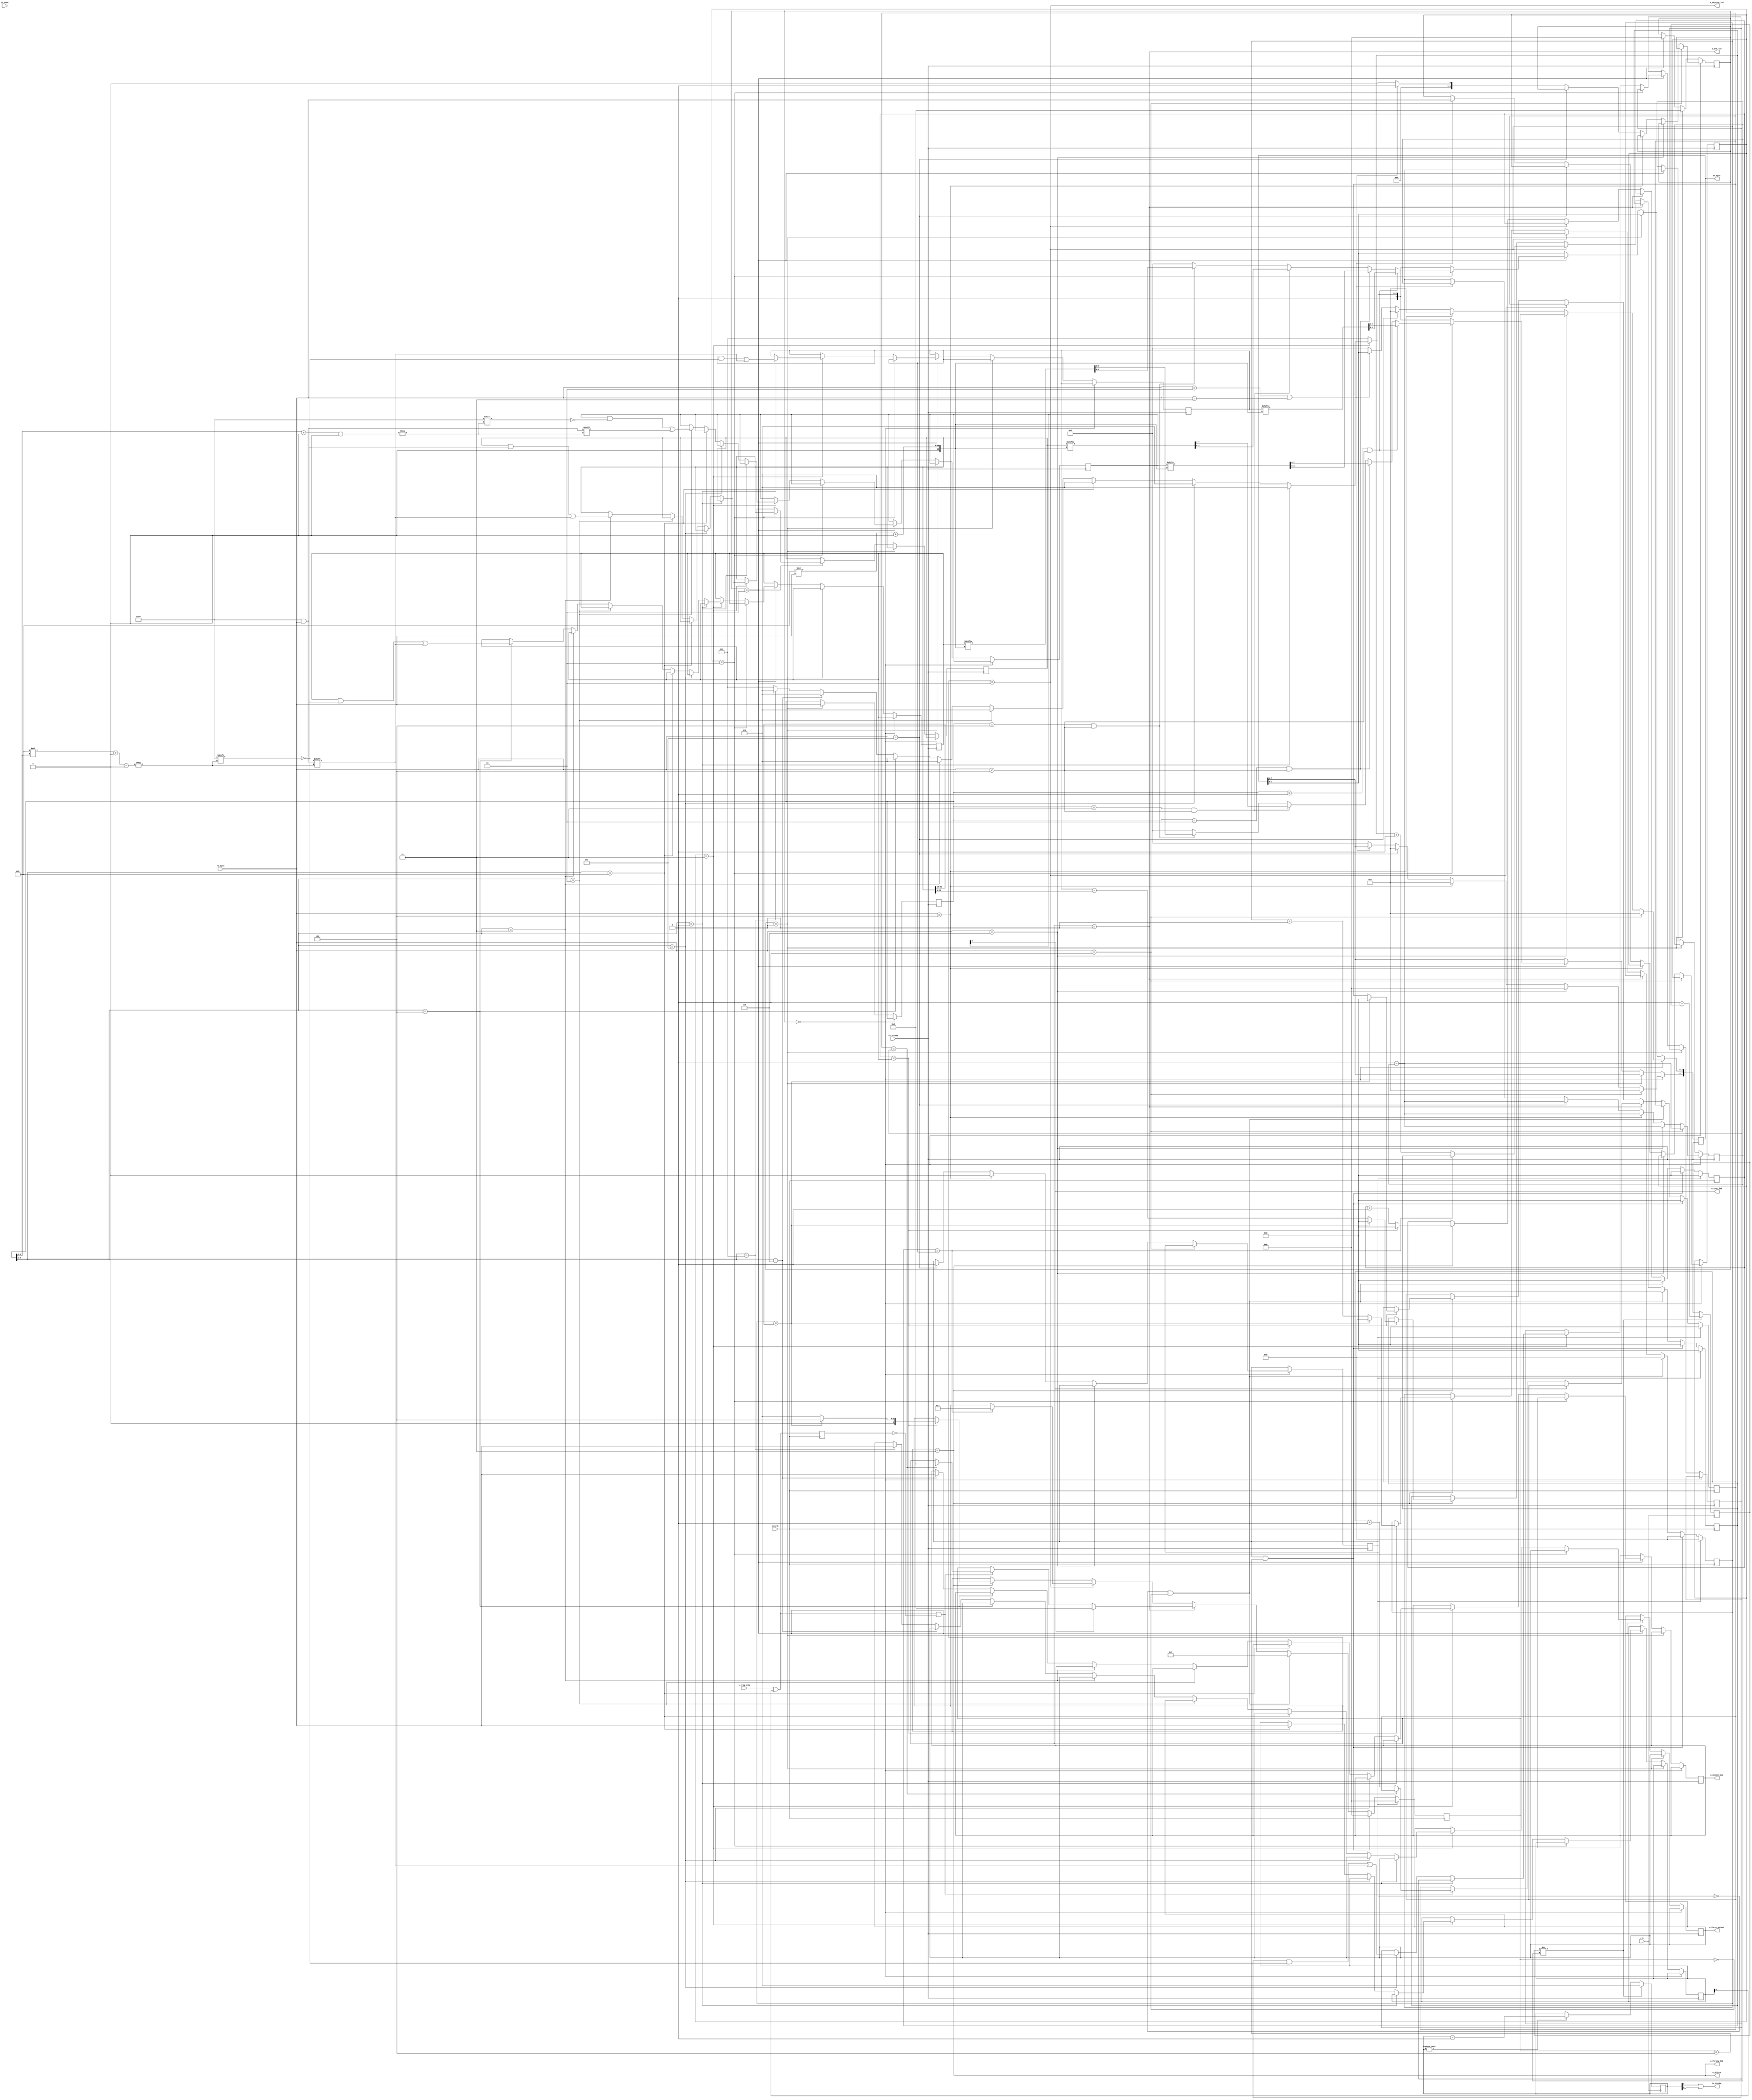
module command(
    input clk,
    input sysclk,
    input rx_strobe,
    input [7:0] rx_byte,
    input tx_done,
    output tx_strobe,
    output [7:0] wr_byte,
    output o_test_led,
    input i_trig_orig,
    output o_glitch,
    output [7:0] o_output_mux,
    output [7:0] o_force_output,
    output o_arm_led,
    output o_waiting_led,
    output o_firing_led
);

    // use this to force an hard-force an output (i.e. power on-off).
    reg [7:0] r_force_output = 0;
    assign o_force_output = r_force_output;
    
    // wire w_test_led; // suppress errors, idk fix this later.
    reg [7:0] r_output_mux = 0;

    assign o_output_mux = r_output_mux;

    reg [31:0] r_CLK_EDGE_TARGET = 0;
    reg [31:0] r_ARMSTATE;
    
    reg [31:0] r_PULSEWIDTH = 0;
    reg [31:0] r_REPEAT = 0; // 31:16 = repeat count, 15:0 = repeat delay.
    
    reg [31:0] r_CLKTARGET;

    reg [3:0] r_state = 0;
    reg [7:0] r_cmdbuf = 0;
    reg [7:0] r_parambuf = 0;
    
    reg [7:0] r_cfgreg1 = 0;
    reg r_disarm = 1;

    reg r_usart_tx_queue;
    reg [7:0] r_usart_tx_queue_byte;

`define STATE_IDLE 0
`define STATE_WAITPARAM 1
`define STATE_WAITDATA 2

`define CMD_PING 8'h1
`define CMD_READ 8'h2
`define CMD_WRITE 8'h3
`define CMD_ARM 8'h4
`define CMD_DISARM 8'h5
`define CMD_CHECKSTATE 8'h6

`define PARAM_CLKEDGES 8'h1
`define PARAM_ARMSTATE 8'h2
`define PARAM_REPEAT 8'h3
`define PARAM_PULSEWIDTH 8'h4
`define PARAM_EDGETGT 8'h5
`define PARAM_OUTPUTMUX 8'h6
`define PARAM_FORCEOUTPUT 8'h7
`define PARAM_CFGREG1 8'h8

`define RESP_ACK 8'hAA
`define RESP_NACK 8'hFF

    reg r_write_strobe;
    reg r_test_led = 0;
    
    reg [31:0] r_edgectr = 0;
    reg [31:0] r_edgetgt = 0;

    always @(posedge rx_strobe) begin
        if (r_state == `STATE_IDLE) begin
            if(rx_byte[7:0] == `CMD_PING) begin
                r_usart_tx_queue_byte[7:0] <= `RESP_ACK;
                r_usart_tx_queue <= 1 - r_usart_tx_queue;
                // r_test_led <= 1 - r_test_led;
            end else if(rx_byte[7:0] == `CMD_CHECKSTATE) begin
                r_usart_tx_queue_byte[7:4] <= 4'b0;
                r_usart_tx_queue_byte[3:0] <= r_gl_state[3:0];
                r_usart_tx_queue <= 1 - r_usart_tx_queue;
            end else if(rx_byte[7:0] == `CMD_ARM) begin
                r_disarm <= 0;
                r_usart_tx_queue_byte[7:0] <= `RESP_ACK;
                r_usart_tx_queue <= 1 - r_usart_tx_queue;
            end else if(rx_byte[7:0] == `CMD_DISARM) begin
                r_disarm <= 1;
                r_usart_tx_queue_byte[7:0] <=  `RESP_ACK;
                r_usart_tx_queue <= 1 - r_usart_tx_queue;
                // r_test_led <= 0;
            end else if ((rx_byte[7:0] == `CMD_READ) ||  (rx_byte[7:0] == `CMD_WRITE)) begin
                r_state <= `STATE_WAITPARAM;
                r_cmdbuf[7:0] <= rx_byte[7:0];
            end else begin
                r_usart_tx_queue_byte[7:0] <= `RESP_NACK;
                r_usart_tx_queue <= 1 - r_usart_tx_queue;
                r_state <= `STATE_IDLE;
            end
        end
        else if (r_state == `STATE_WAITPARAM) begin
            r_parambuf[7:0] <= rx_byte[7:0];
            r_state <= `STATE_WAITDATA;
        end
        else if(r_state == `STATE_WAITDATA) begin
            if (r_cmdbuf == `CMD_READ) begin
                if ((r_parambuf == `PARAM_CLKEDGES) && (rx_byte < 4)) begin
                    r_usart_tx_queue_byte[7:0] <= r_CLK_EDGE_TARGET[8 * rx_byte +:8];
                    r_usart_tx_queue <= 1 - r_usart_tx_queue;
                end else if ((r_parambuf == `PARAM_ARMSTATE) && (rx_byte < 4)) begin
                    r_usart_tx_queue_byte[7:0] <= r_ARMSTATE[8 * rx_byte +:8];
                    r_usart_tx_queue <= 1 - r_usart_tx_queue;
                end else if ((r_parambuf == `PARAM_REPEAT) && (rx_byte < 4))begin
                    r_usart_tx_queue_byte[7:0] <= r_REPEAT[8 * rx_byte +:8];
                    r_usart_tx_queue <= 1 - r_usart_tx_queue;
                end else if ((r_parambuf == `PARAM_PULSEWIDTH) && (rx_byte < 4)) begin
                    r_usart_tx_queue_byte[7:0] <= r_PULSEWIDTH[8 * rx_byte +:8];
                    r_usart_tx_queue <= 1 - r_usart_tx_queue;
                end else begin
                    r_usart_tx_queue_byte[7:0] <= `RESP_NACK;
                    r_usart_tx_queue <= 1 - r_usart_tx_queue;
                end
            end else if (r_cmdbuf == `CMD_WRITE) begin
                if (r_parambuf[7:4] == `PARAM_CLKEDGES) begin
                    r_CLK_EDGE_TARGET[8 * r_parambuf[3:0] +:8] <= rx_byte;
                    r_usart_tx_queue_byte[7:0] <= `RESP_ACK;
                    r_usart_tx_queue <= 1 - r_usart_tx_queue;
                end else if (r_parambuf[7:4] == `PARAM_EDGETGT) begin
                    r_edgetgt[8 * r_parambuf[3:0] +:8] <= rx_byte;
                    r_usart_tx_queue_byte[7:0] <= `RESP_ACK;
                    r_usart_tx_queue <= 1 - r_usart_tx_queue;
                end else if (r_parambuf[7:4] == `PARAM_CFGREG1) begin
                    r_cfgreg1[7:0] <= rx_byte;
                    r_usart_tx_queue_byte[7:0] <= `RESP_ACK;
                    r_usart_tx_queue <= 1 - r_usart_tx_queue;
                end else if (r_parambuf[7:4] == `PARAM_ARMSTATE) begin
                    r_ARMSTATE[r_parambuf[3:0] +:8] <= rx_byte;
                    r_usart_tx_queue_byte[7:0] <= `RESP_ACK;
                    r_usart_tx_queue <= 1 - r_usart_tx_queue;
                end else if (r_parambuf[7:4] == `PARAM_REPEAT) begin
                    r_REPEAT[8 * r_parambuf[3:0] +:8] <= rx_byte;
                    r_usart_tx_queue_byte[7:0] <= `RESP_ACK;
                    r_usart_tx_queue <= 1 - r_usart_tx_queue;
                end else if (r_parambuf[7:4] == `PARAM_PULSEWIDTH) begin
                    r_PULSEWIDTH[8 * r_parambuf[3:0] +:8] <= rx_byte;
                    r_usart_tx_queue_byte[7:0] <= `RESP_ACK;
                    r_usart_tx_queue <= 1 - r_usart_tx_queue;
                end else if (r_parambuf[7:4] == `PARAM_OUTPUTMUX) begin
                    r_output_mux <= rx_byte[7:0];
                    r_usart_tx_queue_byte[7:0] <= `RESP_ACK;
                    r_usart_tx_queue <= 1 - r_usart_tx_queue;
                end else if (r_parambuf[7:4] == `PARAM_FORCEOUTPUT) begin
                    r_force_output <= rx_byte[7:0];
                    r_usart_tx_queue_byte[7:0] <= `RESP_ACK;
                    r_usart_tx_queue <= 1 - r_usart_tx_queue;
                end else begin
                    r_usart_tx_queue_byte[7:0] <= `RESP_NACK;
                    r_usart_tx_queue <= 1 - r_usart_tx_queue;
                end
            end else begin
                r_usart_tx_queue_byte[7:0] <= `RESP_NACK;
                r_usart_tx_queue <= 1 - r_usart_tx_queue;
            end
            // no command is more than 3 bytes.
            r_state <= `STATE_IDLE;
        end
    end

    reg [2:0] wr_strobe = 0;
    assign tx_strobe = wr_strobe[1] | wr_strobe[0];
    assign wr_byte[7:0] = r_usart_tx_queue_byte[7:0];

    reg r_usart_tx_lastqueue = 0;
    always @(posedge clk) begin
        if (r_usart_tx_lastqueue != r_usart_tx_queue) begin
            wr_strobe <= 2;
            r_usart_tx_lastqueue <= 1 - r_usart_tx_lastqueue; // pulse uart clk for 1 cycle.
            // wr_byte[7:0] <= r_usart_tx_queue_byte[7:0];
        end else begin
            if (wr_strobe != 0) begin
                wr_strobe <= wr_strobe - 1;
            end
        end
    end

    // glitch_Ctr, pulse_width
    reg [31:0] r_gl_ctr = 0;
    reg [31:0] r_gl_pulse = 0;
    reg [3:0] r_gl_state = 0;
    
    wire [31:0] w_REPEAT_WAIT;
    assign w_REPEAT_WAIT[31:16] = 16'b0;
    assign w_REPEAT_WAIT[15:0] = r_REPEAT[15:0];

    reg [15:0] r_gl_rptcount = 0;

`define GL_IDLE 4'h0
`define GL_ARMED 4'h1
`define GL_WAITING 4'h2
`define GL_FIRING 4'h3
`define GL_COOLDOWN 4'h4

    wire w_manual_arm = (r_ARMSTATE[0] == 1'b1);
    // reg last_trig = 1'b0;
    // wire w_trig = (i_trig || w_manual_arm);
    
    reg r_last_trig = 1'b0;
    
    // falling 
    wire i_trig = i_trig_orig ^ r_cfgreg1[0];
    wire w_real_trig = ((i_trig == 1) && (r_last_trig == 0));

    assign o_test_led = w_manual_arm;
    assign o_glitch = (r_gl_state == `GL_FIRING);
    
    assign o_arm_led = (r_gl_state == `GL_ARMED);
    assign o_waiting_led = (r_gl_state == `GL_WAITING);
    assign o_firing_led = (r_gl_state == `GL_FIRING);// = r_cfgreg1[0]; // 
    
    always @(posedge sysclk) begin
        r_last_trig <= i_trig;
        if (r_disarm == 1) begin
            r_gl_state <= `GL_IDLE;
            r_gl_ctr <= 0;
            r_gl_pulse <= 0;
            r_gl_rptcount <= 0;
            r_edgectr <= 0;
        end else if (r_disarm == 1 && r_gl_state == `GL_COOLDOWN) begin
            // fix for avr trigger high lock bug
            // 31-dec-22 : seems redundant, investigate why i put this here
            r_gl_state <= `GL_IDLE;
            r_gl_ctr <= 0;
            r_gl_pulse <= 0;
            r_gl_rptcount <= 0;
            r_edgectr <= 0;
        end else if (r_disarm == 0 && r_gl_state == `GL_IDLE) begin
            r_gl_state <= `GL_ARMED;
            r_gl_ctr <= 0;
            r_gl_pulse <= 0;
            r_gl_rptcount <= 0;
        end else if (r_gl_state == `GL_ARMED) begin
            if (w_manual_arm == 1) begin
                // force arming state, manually fire
                r_gl_state <= `GL_WAITING;
            end else begin
                if (w_real_trig == 1) begin
                    if (r_edgectr == r_edgetgt) begin
                    r_gl_state <= `GL_WAITING;
                    end else begin
                        r_edgectr <= r_edgectr + 1;
                    end
                end
            end
        end else if (r_gl_state == `GL_WAITING) begin
            if (r_gl_ctr[31:0] == r_CLK_EDGE_TARGET[31:0]) begin
                r_gl_state <= `GL_FIRING;
            end else begin
                r_gl_ctr <= r_gl_ctr + 1;
            end
        end else if(r_gl_state == `GL_FIRING) begin
            if (r_gl_pulse[31:0] == r_PULSEWIDTH[31:0]) begin
                if (r_gl_rptcount[15:0] == r_REPEAT[31:16]) begin
                    // finished, cooldown
                    r_gl_state <= `GL_COOLDOWN;
                    r_gl_ctr <= 0;
                    r_gl_pulse <= 0;
                    r_gl_rptcount <= 0;
                    r_edgectr <= 0;
                end else begin
                    // refire.
                    r_gl_state <= `GL_WAITING;
                    r_gl_ctr <= r_CLK_EDGE_TARGET - w_REPEAT_WAIT;
                    r_gl_pulse <= 0;
                    r_gl_rptcount <= r_gl_rptcount + 1;
                end
            end else begin
                r_gl_pulse <= r_gl_pulse + 1;
            end
        end
    end

endmodule